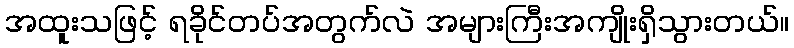
အထူးသဖြင့် ရခိုင်တပ်အတွက်လဲ အများကြီးအကျိုးရှိသွားတယ်။